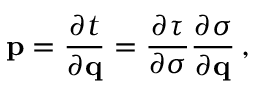
{ \bf p } = \frac { \partial t } { \partial { \bf q } } = \frac { \partial \tau } { \partial \sigma } \frac { \partial \sigma } { \partial { \bf q } } \, ,